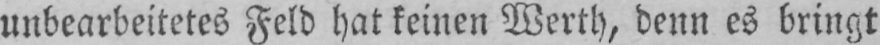
unbearbeitetes Feld hat keinen Werth, denn es bringt